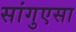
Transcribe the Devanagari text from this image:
सांगुएसा